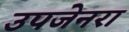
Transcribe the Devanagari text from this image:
उपजेनरा